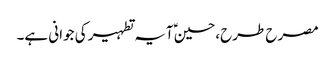
مصرح طرح،حسینؑ آیہ تطہیر کی جوانی ہے۔